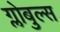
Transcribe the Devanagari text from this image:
ग्लोबुल्स